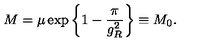
M = \mu \exp \left\{ 1 - \frac { \pi } { g _ { R } ^ { 2 } } \right\} \equiv M _ { 0 } .